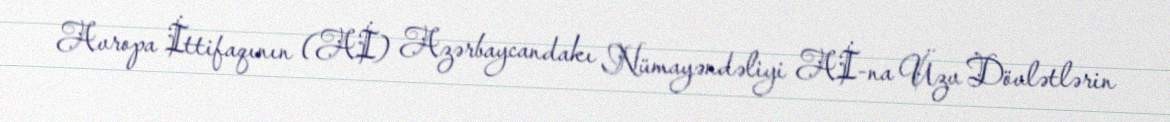
Avropa İttifaqının (Aİ) Azərbaycandakı Nümayəndəliyi Aİ-na Üzv Dövlətlərin